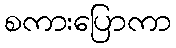
စကားပြောကာ